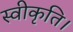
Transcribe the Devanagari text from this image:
स्वीकृति।